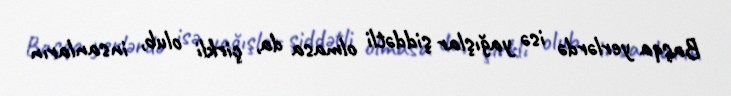
Başqa yerlərdə isə yağışlar şiddətli olmasa da, çirkli olub, insanların